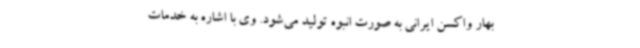
بهار واکسن ایرانی به صورت انبوه تولید می‌شود. وی با اشاره به خدمات